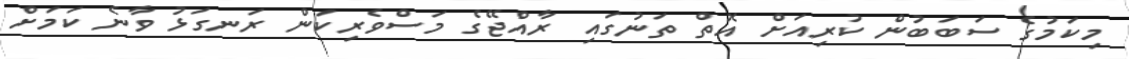
މިކަމުގެ ސަބަބުން ކުރިއަށް އޮތް ތަނުގައި ރާއްޖޭގެ މަސްވެރިކަން ރަނގަޅު ވާނެ ކަމަށް